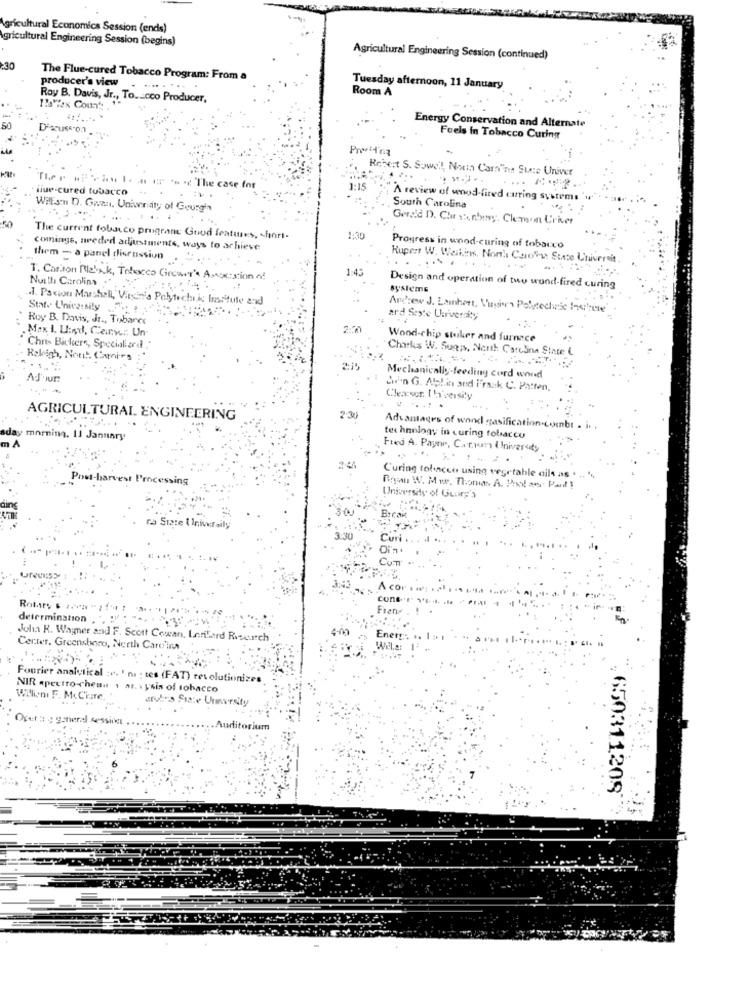
Agricultural Economics Session (ends)
Agricultural Engineering Session (begins)
Agricultural Engineering Session (continued)
230
The Flue-cured Tobacco Program: From a
producer's view
Tuesday afternoon, 11 January
Room A
Roy B. Davis, Jr ., To .. cco Producer,
1'"fex ComY's "
50
Discuss on
Energy Conservation and Alternate
Feels In Tobacco Curing
Robert S. Sowe !, Nous Camins Stere Univer
uue-cured tobacco
.c. The case for
1:15
"A review of wood-fired carring sys
Willsmn D. Gwan. Uniwnaty of Geurgin
South Carolina
Gerald D. Chr sionbory. Clermon Criver
The current tobacco prugrant Guud features, short-
comings, needed adjustments, ways to achieve
Progress in wood-curing of tobacco
them - a panel discussion
Rupert W. Weikin, Non !: Carovat State Universit.
T. Carton Blank, Tobacco Grower's Anscation of
Nuith Carolina .. .
Design and operation of two wond-fired curing
systems
.. Paxwon Marshall, Virginia Polytechnic Institute and
State University - 1
Andrew J. Lambert, Virgin Polytechnic barrete
Roy B. Davis, Jr ., Tobanco
ard Seyte Univerzity
Max 1. Und, Cainser Un
Wood-chip stuker and furnace
Chris Bickere, Specialiand
Charks W. Sugps, North Carolina State (
Rekigh, Noti !. Carni-rs
AJour
Mechanically-feeding cord wond
. .
Qu'en G. Ables and Frask C. Patten,
Clearvor. Iha'versity
. .....
AGRICULTURAL ENGINEERING
2:30
mon
Advantages of wond gasification.combt .
. ti January
technology in curing tobacco
Fred A. Payne, Carkun University
ow-harvest Processing
Curing tobacco using vegetable oils as
Ryan W. Mur. Thanks A. Pod as Fait !
University of Gury's
ra State ( Iniveraily
Rotary
determination
John R. Wagner and F. Seeit Cowan, Leritard Research
Enery
Certer, Greensboro, North Care'ira
Fourier analytical :. ' n
tes (FAT) resolutionizes
NIR apeerro-chean 1 at. ysis of tobacco
Wilioni F. McC'kire,
svtes State University
Opet : a general session
650311209